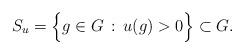
LaTeX: \begin{align*}S_u = \Big\{ g \in G \, : \, u(g) > 0 \Big\} \subset G.\end{align*}